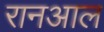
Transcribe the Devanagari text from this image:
रानआल